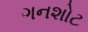
ગનશોટ